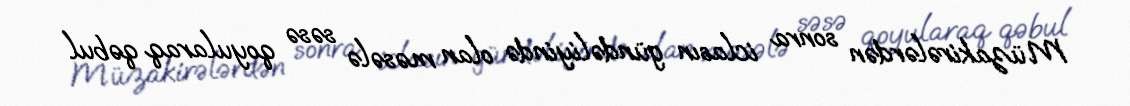
Müzakirələrdən sonra iclasın gündəliyində olan məsələ səsə qoyularaq qəbul